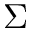
\Sigma